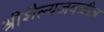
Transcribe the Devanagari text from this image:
श्रीशैल्यजवळील